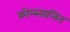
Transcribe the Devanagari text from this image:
कोन्स्तान्तिन